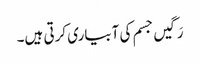
رَگیں جسم کی آبیاری کرتی ہیں۔